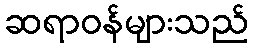
ဆရာဝန်များသည်